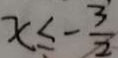
x \leq - \frac { 3 } { 2 }